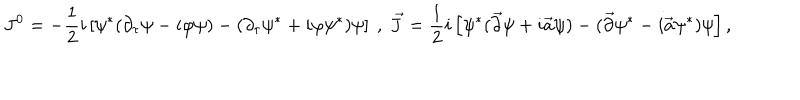
LaTeX: J ^ { 0 } = - \frac { 1 } { 2 } i \left[ \psi ^ { * } ( \partial _ { \tau } \psi - i \varphi \psi ) - ( \partial _ { \tau } \psi ^ { * } + i \varphi \psi ^ { * } ) \psi \right] \ , \ \vec { J } = \frac { 1 } { 2 } i \left[ \psi ^ { * } ( \vec { \partial } \psi + i \vec { a } \psi ) - ( \vec { \partial } \psi ^ { * } - i \vec { a } \psi ^ { * } ) \psi \right] ,